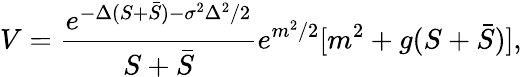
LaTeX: V=\frac{e^{-\Delta(S+\bar{S})-\sigma^{2}\Delta^{2}/2}}{S+\bar{S}}e^{m^{2}/2}[m^{2}+g(S+\bar{S})],